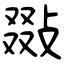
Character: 敠